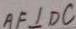
A F \bot D C